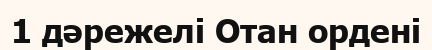
1 дәрежелі Отан ордені